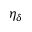
\eta _ { \delta }